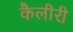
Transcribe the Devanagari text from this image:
कैलीरी